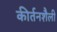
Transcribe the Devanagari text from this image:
कीर्तनशैली